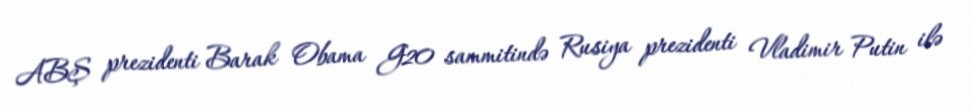
ABŞ prezidenti Barak Obama G20 sammitində Rusiya prezidenti Vladimir Putin ilə